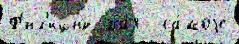
Ф'ил'ицид ма́я  са́моjе